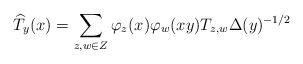
LaTeX: \begin{align*} \widehat T_y(x) = \sum_{z,w \in Z} \varphi_z(x) \varphi_w(xy) T_{z,w} \Delta(y)^{-1/2} \ \end{align*}